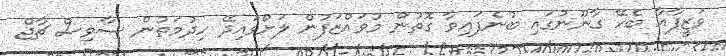
ވަޒީފާއާ ބެހޭ ގާނޫނުގައި ބުނެފައިވާ ގޮތުން މުވައްޒަފުން ލަށްވައިދޭ ހިދުމަތުން ސާވިސް ޗާޖް